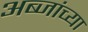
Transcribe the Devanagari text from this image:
अब्जांच्या